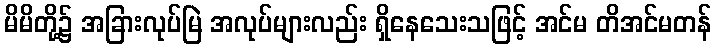
မိမိတို့၌ အခြားလုပ်မြဲ အလုပ်များလည်း ရှိနေသေးသဖြင့် အင်မ တိအင်မတန်